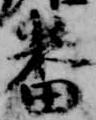
番